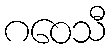
ဂဝေသီ